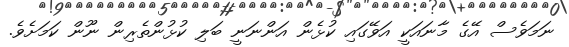
ނަމަވެސް އޭގެ މާނައަކީ އަވޭގައި ކުޅެން އަންނަނީ ބަލި ކުޅުންތެރިން ނޫން ކަމަށެވެ.